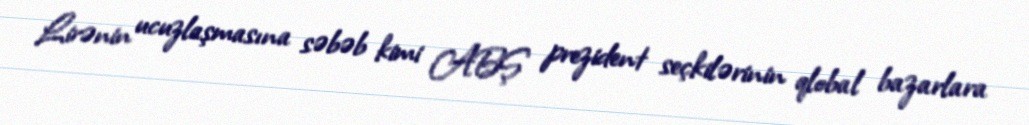
Lirənin ucuzlaşmasına səbəb kimi ABŞ prezident seçkilərinin qlobal bazarlara